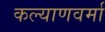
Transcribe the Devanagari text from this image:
कल्याणवर्मा